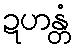
ဍဟန္တံ